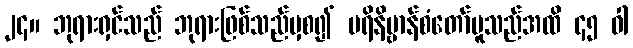
၂၄။ ဘုရားရှင်သည် ဘုရားဖြစ်သည်မှစ၍ ပရိနိဗ္ဗာန်စံတော်မူသည်အထိ ၄၅ ဝါ